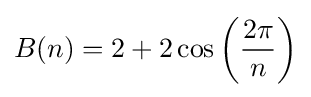
B(n)=2+2\cos \left({\frac {2\pi }{n}}\right)